Annual report of the Punjab Veterinary College and of the Civil Veterinary Department, Punjab - 1926-1932
Year: 1926
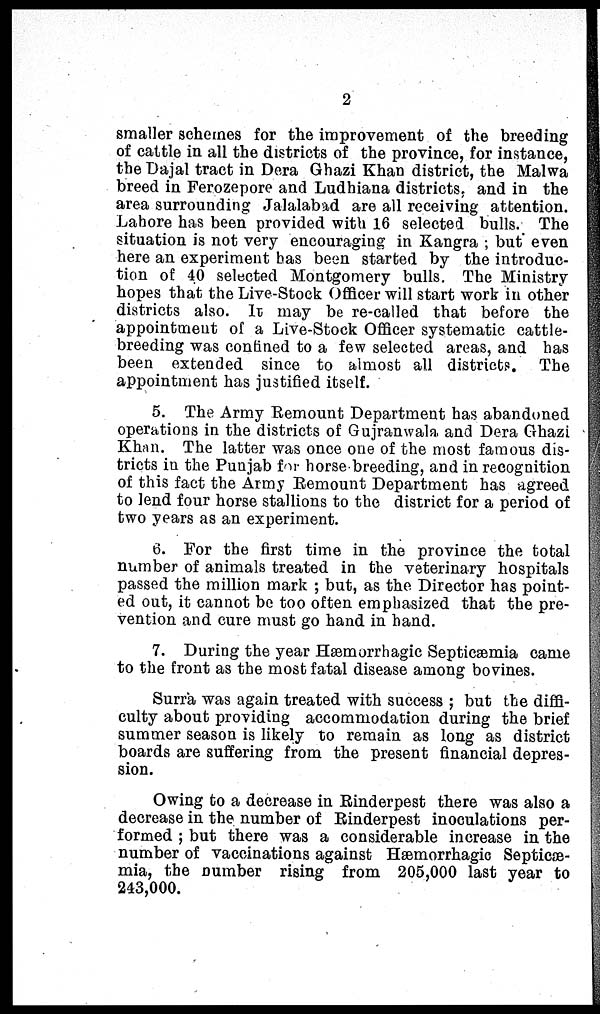
2
smaller schemes for the improvement of the breeding
of cattle in all the districts of the province, for instance,
the Dajal tract in Dera Ghazi Khan district, the Malwa
breed in Ferozepore and Ludhiana districts, and in the
area surrounding Jalalabad are all receiving attention.
Lahore has been provided with 16 selected bulls. The
situation is not very encouraging in Kangra; but even
here an experiment has been started by the introduc-
tion of 40 selected Montgomery bulls. The Ministry
hopes that the Live-Stock Officer will start work in other
districts also. It may be re-called that before the
appointment of a Live-Stock Officer systematic cattle-
breeding was confined to a few selected areas, and has
been extended since to almost all districts. The
appointment has justified itself.
5. The Army Remount Department has abandoned
operations in the districts of Gujranwala and Dera Ghazi
Khan. The latter was once one of the most famous dis-
tricts in the Punjab for horse breeding, and in recognition
of this fact the Army Remount Department has agreed
to lend four horse stallions to the district for a period of
two years as an experiment.
6. For the first time in the province the total
number of animals treated in the veterinary hospitals
passed the million mark; but, as the Director has point-
ed out, it cannot be too often emphasized that the pre-
vention and cure must go hand in hand.
7. During the year Hæmorrhagic Septicæmia came
to the front as the most fatal disease among bovines.
Surra was again treated with success; but the diffi-
culty about providing accommodation during the brief
summer season is likely to remain as long as district
boards are suffering from the present financial depres-
sion.
Owing to a decrease in Rinderpest there was also a
decrease in the number of Rinderpest inoculations per-
formed; but there was a considerable increase in the
number of vaccinations against Hæmorrhagic Septicæ-
mia, the number rising from 205,000 last year to
243,000